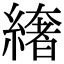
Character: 𦅁